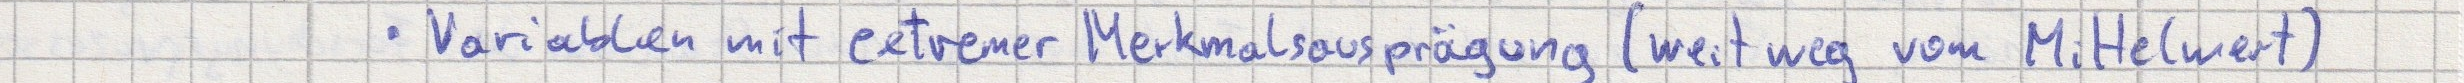
- Variablen mit extremer Merkmalsausprägung (weit weg vom Mittelwert)